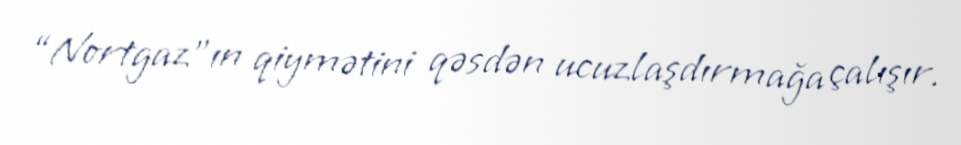
“Nortgaz”ın qiymətini qəsdən ucuzlaşdırmağa çalışır.